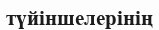
түйіншелерінің